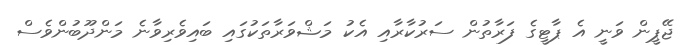
ޖޭޕީން ވަނީ އެ ޕާޓީގެ ފަރާތުން ސަރުކާރާއި އެކު މަޝްވަރާތަކުގައި ބައިވެރިވާނެ މަންދޫބުންވެސް